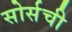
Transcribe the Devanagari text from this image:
सोर्सची